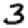
Digit: 3